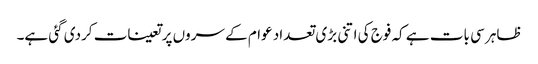
ظاہر سی بات ہے کہ فوج کی اتنی بڑی تعداد عوام کے سروں پر تعینات کردی گئی ہے۔